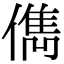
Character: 儁